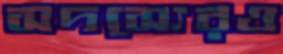
সদস্যেরও